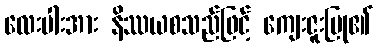
လေးပါးအား နိဿယစသည်ဖြင့် ကျေးဇူးပြု၏